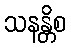
သနန္တိစ